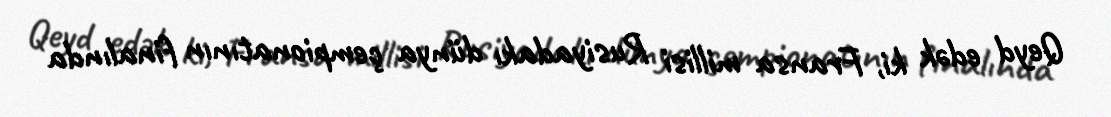
Qeyd edək ki, Fransa millisi Rusiyadakı dünya çempionatının finalında